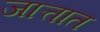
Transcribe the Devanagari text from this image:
जात्तात